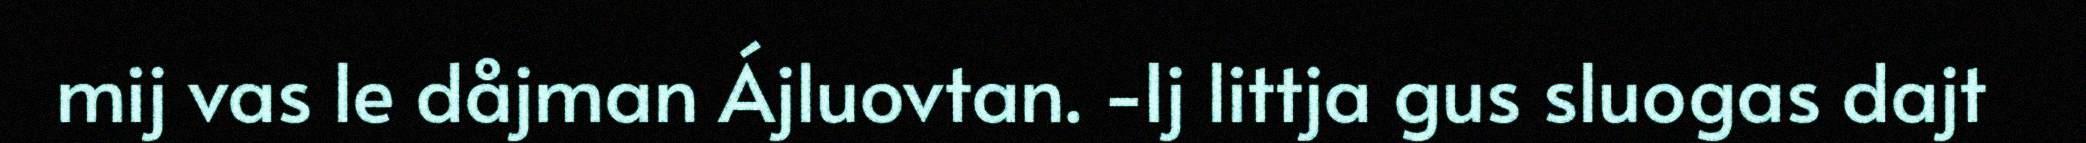
mij vas le dåjman Ájluovtan. -Ij littja gus sluogas dajt